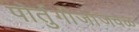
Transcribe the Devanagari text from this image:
पोर्तुगीजांजवळ